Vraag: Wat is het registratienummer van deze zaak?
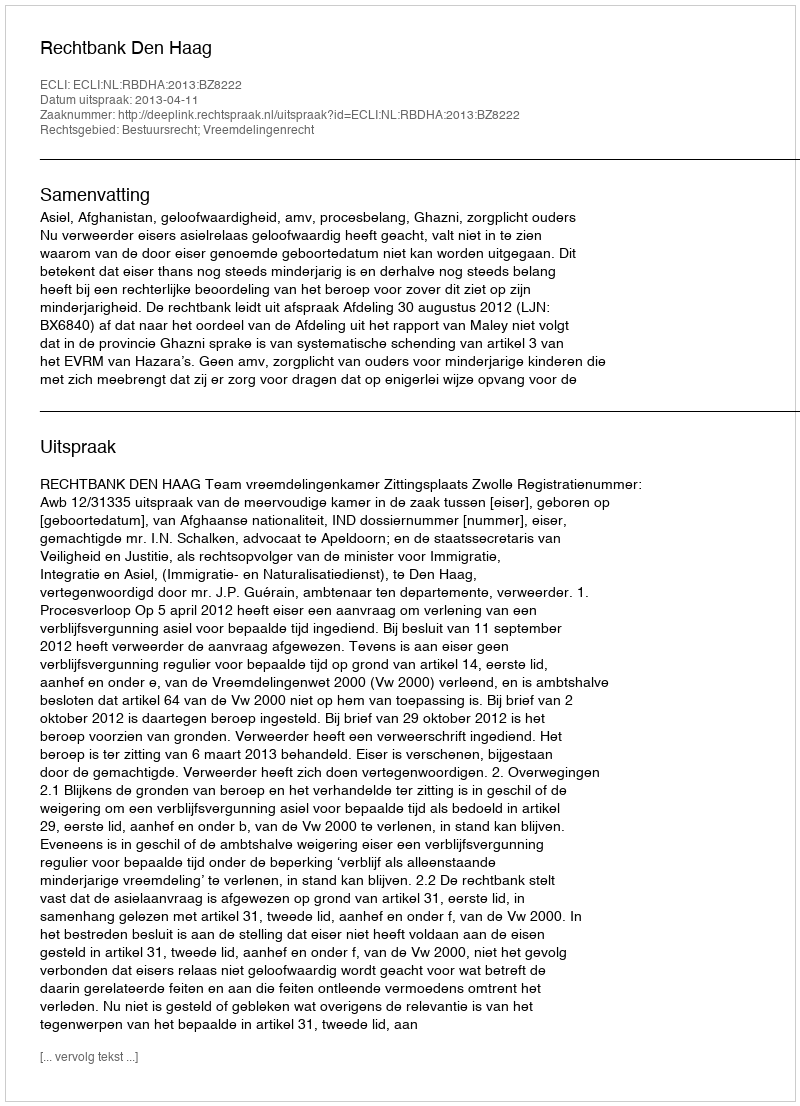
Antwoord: http://deeplink.rechtspraak.nl/uitspraak?id=ECLI:NL:RBDHA:2013:BZ8222